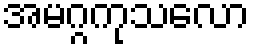
အမဂ္ဂကုသလော